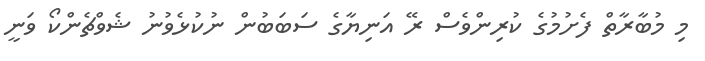
މި މުބާރާތް ފެށުމުގެ ކުރިންވެސް ރޭ އަނިޔާގެ ސަބަބުން ނުކުޅެވުނު ޝެވްޗެންކޯ ވަނީ